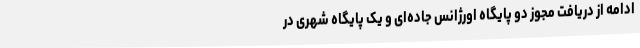
ادامه از دریافت مجوز دو پایگاه اورژانس جاده‌ای و یک پایگاه شهری در